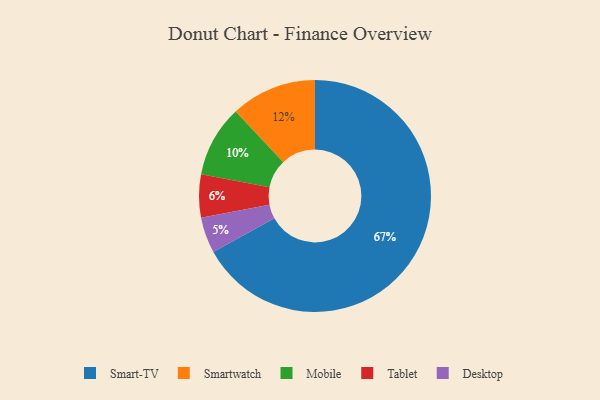
{"axis": {"x": "Category", "y": "Percentage"}, "legend": ["Desktop", "Mobile", "Smart-TV", "Smartwatch", "Tablet"], "data": [{"x": "Desktop", "y": 5, "type": "Desktop"}, {"x": "Smartwatch", "y": 12, "type": "Smartwatch"}, {"x": "Mobile", "y": 10, "type": "Mobile"}, {"x": "Tablet", "y": 6, "type": "Tablet"}, {"x": "Smart-TV", "y": 67, "type": "Smart-TV"}]}